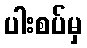
ပါးစပ်မှ